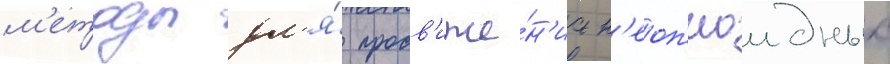
м'етоды дл'я́ продв'иже́н'иа н'еоп'иоидных